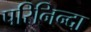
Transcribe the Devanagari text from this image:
परिनिन्दा